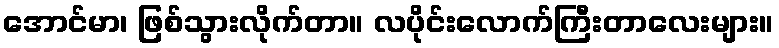
အောင်မာ၊ ဖြစ်သွားလိုက်တာ။ လပိုင်းလောက်ကြီးတာလေးများ။